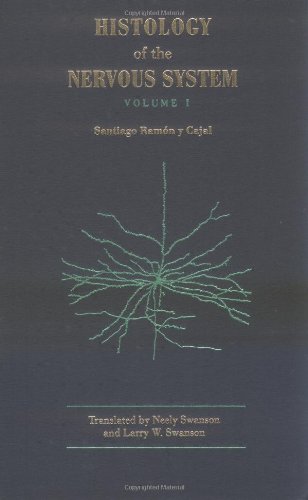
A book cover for Histology of the Nervous System of Man and Vertebrates (History of Neuroscience, No 6) (2 Volume Set); S. Ramon y Cajal; Medical Books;